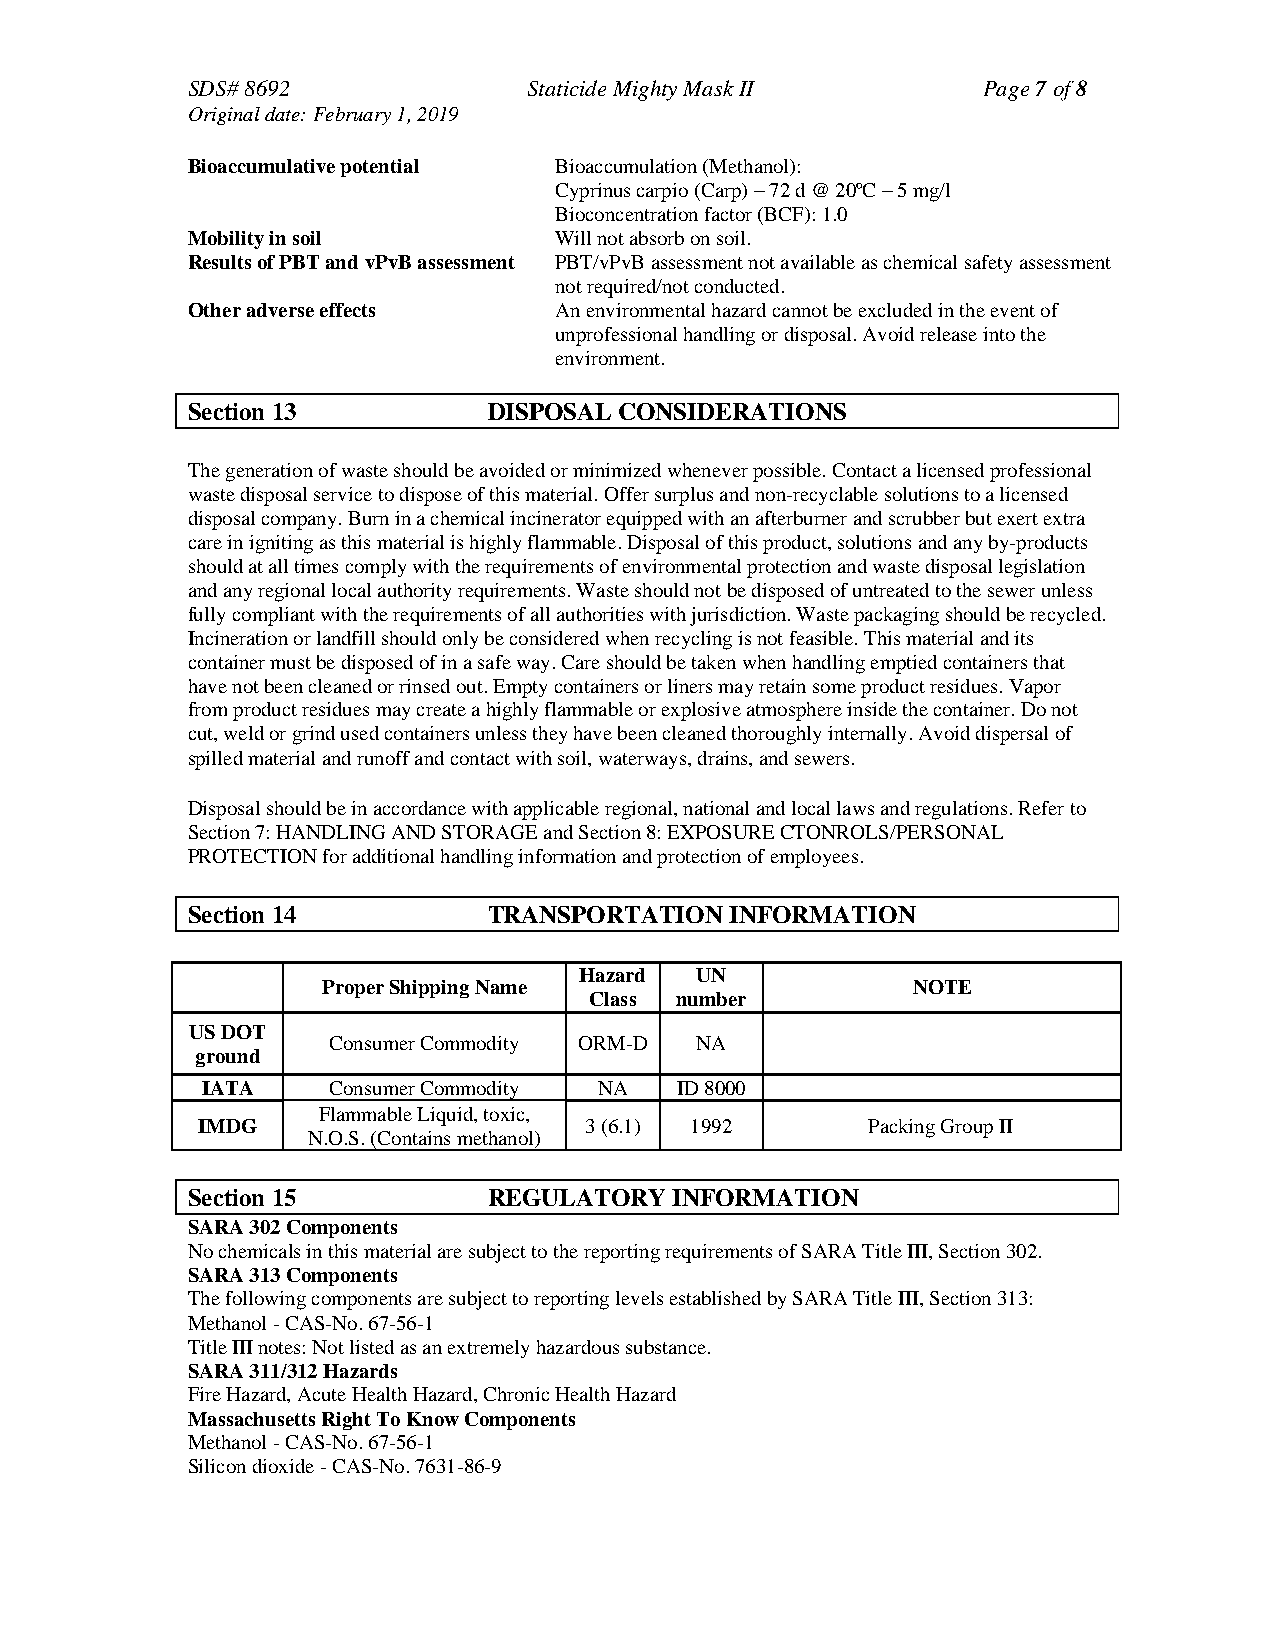
SDS# 8692              Staticide Mighty Mask II      Page 7 of 8
 Original date: February 1, 2019
 Bioaccumulative potential Bioaccumulation (Methanol):
 Cyprinus carpio (Carp) – 72 d @ 20ºC – 5 mg/l
 Bioconcentration factor (BCF): 1.0
 Mobility in soil         Will not absorb on soil.
 Results of PBT and vPvB assessment PBT/vPvB assessment not available as chemical safety assessment
 not required/not conducted.
 Other adverse effects    An environmental hazard cannot be excluded in the event of
 unprofessional handling or disposal. Avoid release into the
 environment.
 Section 13          DISPOSAL CONSIDERATIONS
 The generation of waste should be avoided or minimized whenever possible. Contact a licensed professional
 waste disposal service to dispose of this material. Offer surplus and non-recyclable solutions to a licensed
 disposal company. Burn in a chemical incinerator equipped with an afterburner and scrubber but exert extra
 care in igniting as this material is highly flammable. Disposal of this product, solutions and any by-products
 should at all times comply with the requirements of environmental protection and waste disposal legislation
 and any regional local authority requirements. Waste should not be disposed of untreated to the sewer unless
 fully compliant with the requirements of all authorities with jurisdiction. Waste packaging should be recycled.
 Incineration or landfill should only be considered when recycling is not feasible. This material and its
 container must be disposed of in a safe way. Care should be taken when handling emptied containers that
 have not been cleaned or rinsed out. Empty containers or liners may retain some product residues. Vapor
 from product residues may create a highly flammable or explosive atmosphere inside the container. Do not
 cut, weld or grind used containers unless they have been cleaned thoroughly internally. Avoid dispersal of
 spilled material and runoff and contact with soil, waterways, drains, and sewers.
 Disposal should be in accordance with applicable regional, national and local laws and regulations. Refer to
 Section 7: HANDLING AND STORAGE and Section 8: EXPOSURE CTONROLS/PERSONAL
 PROTECTION for additional handling information and protection of employees.
 Section 14          TRANSPORTATION  INFORMATION
 Hazard  UN
 Proper Shipping Name                   NOTE
 Class number
 US DOT
 Consumer Commodity ORM-D NA
 ground
 IATA     Consumer Commodity NA  ID 8000
 Flammable Liquid, toxic,
 IMDG                      3 (6.1) 1992      Packing Group II
 N.O.S. (Contains methanol)
 Section 15          REGULATORY   INFORMATION
 SARA 302 Components
 No chemicals in this material are subject to the reporting requirements of SARA Title III, Section 302.
 SARA 313 Components
 The following components are subject to reporting levels established by SARA Title III, Section 313:
 Methanol - CAS-No. 67-56-1
 Title III notes: Not listed as an extremely hazardous substance.
 SARA 311/312 Hazards
 Fire Hazard, Acute Health Hazard, Chronic Health Hazard
 Massachusetts Right To Know Components
 Methanol - CAS-No. 67-56-1
 Silicon dioxide - CAS-No. 7631-86-9